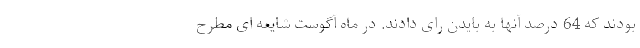
بودند که 64 درصد آنها به بایدن رای دادند. در ماه آگوست شایعه ای مطرح